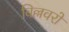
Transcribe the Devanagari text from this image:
विल्लवरों